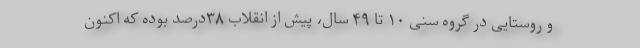
و روستایی در گروه سنی ۱۰ تا ۴۹ سال، پیش از انقلاب ۳۸درصد بوده که اکنون